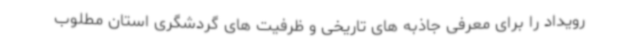
رویداد را برای معرفی جاذبه های تاریخی و ظرفیت های گردشگری استان مطلوب